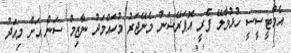
އެމްޓީސީސީ ހުޅުމާލޭ ފެރީ އޮޕަރޭޝަން މެނޭޖަރު މުހައްމަދު ނާޒިމް ސަން އަށް މިއަދު